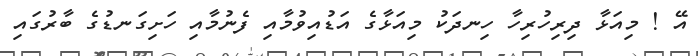
އޭ ! މިއަޅާ ދިރިހުރިހާ ހިނދަކު މިއަޅާގެ އަޑުއިވުމާއި ފެނުމާއި ހަށިގަނޑުގެ ބާރުގައި